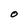
Character: O